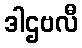
ဒါဌဗလီ